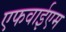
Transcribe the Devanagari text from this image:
एफवाईएम